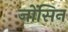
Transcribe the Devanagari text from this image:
जोंसिन